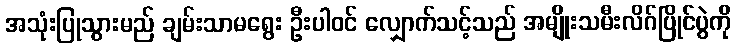
အသုံးပြုသွားမည် ချမ်းသာမရွေး ဦးပါဝင် လျှောက်သင့်သည် အမျိုးသမီးလိဂ်ပြိုင်ပွဲကို